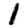
Digit: 1